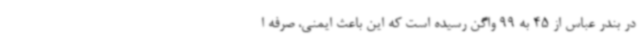
در بندر عباس از 45 به 99 واگن رسیده است که این باعث ایمنی، صرفه ا